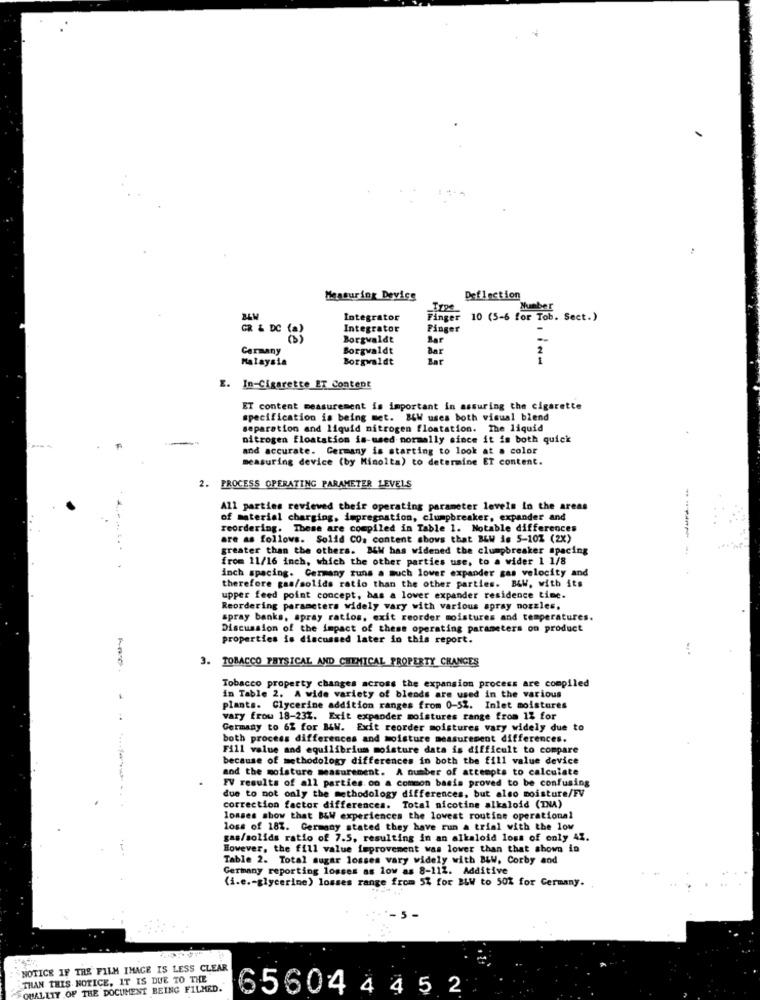
Measuring Device
Deflection
Number
Integrator
Finger 10 (5-6 for Tob. Sect.)
Integrator
Finger
GR & DC (0 )
Borgwaldt
Bar
Cermany
Borgwaldt
Bar
Malaysia
Borgwaldt
. In-Cigarette ET Content
ET content measurement is important in assuring the cigarette
specification is being met. B&W uses both visual blend
separation and liquid nitrogen floatation. The liquid
nitrogen floatation is-used normally since it is both quick
and accurate. Germany is starting to look at a color
measuring device (by Minolta) to determine ET content.
2. PROCESS OPERATING PARAMETER LEVELS
All parties reviewed their operating parameter levels in the areas
of material charging, impregnation, clumpbreaker, expander and
reordering. These are compiled in Table 1. Notable differences
are as follows. Solid CO. content shows that BLW ie 5-10% (2X)
greater than the others. B&W has widened the clumpbreaker spacing
from 11/16 inch, which the other parties use, to a wider 1 1/8
inch spacing. Germany runs a much lower expander gas velocity and
therefore gas/solids ratio than the other parties. B&W. with its
upper feed point concept, has a lover expander residence time.
Reordering parameters widely vary with various spray nozzles.
spray banks, spray ratios, exit reorder moistures and temperatures.
Discussion of the impact of these operating parameters on product
properties is discussed later in this report.
3. TOBACCO PHYSICAL AND CHEMICAL PROPERTY CHANGES
Tobacco property changes across the expansion process are compiled
in Table 2. A wide variety of blends are used in the various
plants. Clycerine addition ranges from 0-52. Inlet moistures
vary frou 18-23%. Exit expander moistures range from 12 for
Germany to 62 for B&W. Exit reorder moistures vary widely due to
both process differences and moisture measurement differences.
Fill value and equilibrium moisture data is difficult to compare
because of methodology differences in both the fill value device
and the moisture measurement. A number of attempts to calculate
FV results of all parties. oo a common basis proved to be confusing
-----
due to not only the methodology differences, but also moisture/FV
correction factor differences. Total nicotine alkaloid (INA)
losses show that B&W experiences the lowest routine operational
loss of 187. Germany stated they have run a trial with the low
gas/solids ratio of 7.5, resulting in an alkaloid loss of only 41.
However, the fill value improvement was lower than that shown in
Table 2. Total sugar losses vary widely with BLW. Corby and
Germany reporting losses as low as 8-112. Additive
(i.e .- glycerine) losses range from 5% for BLW to 50% for Germany.
NOTICE IF TRE FILM IMAGE IS LESS CLEAR
THAN THIS NOTICE, IT IS DUE TO THE
WALITY OF THE DOCUMENT BEING FILMED.
65604445 2